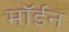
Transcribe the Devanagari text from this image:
माॅर्डन